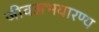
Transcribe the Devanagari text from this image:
जीवअभयारण्य